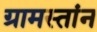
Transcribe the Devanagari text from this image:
ग्रामस्तांन